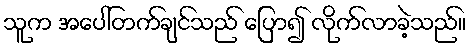
သူက အပေါ်တက်ချင်သည် ပြော၍ လိုက်လာခဲ့သည်။